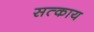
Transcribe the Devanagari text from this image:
सत्काय